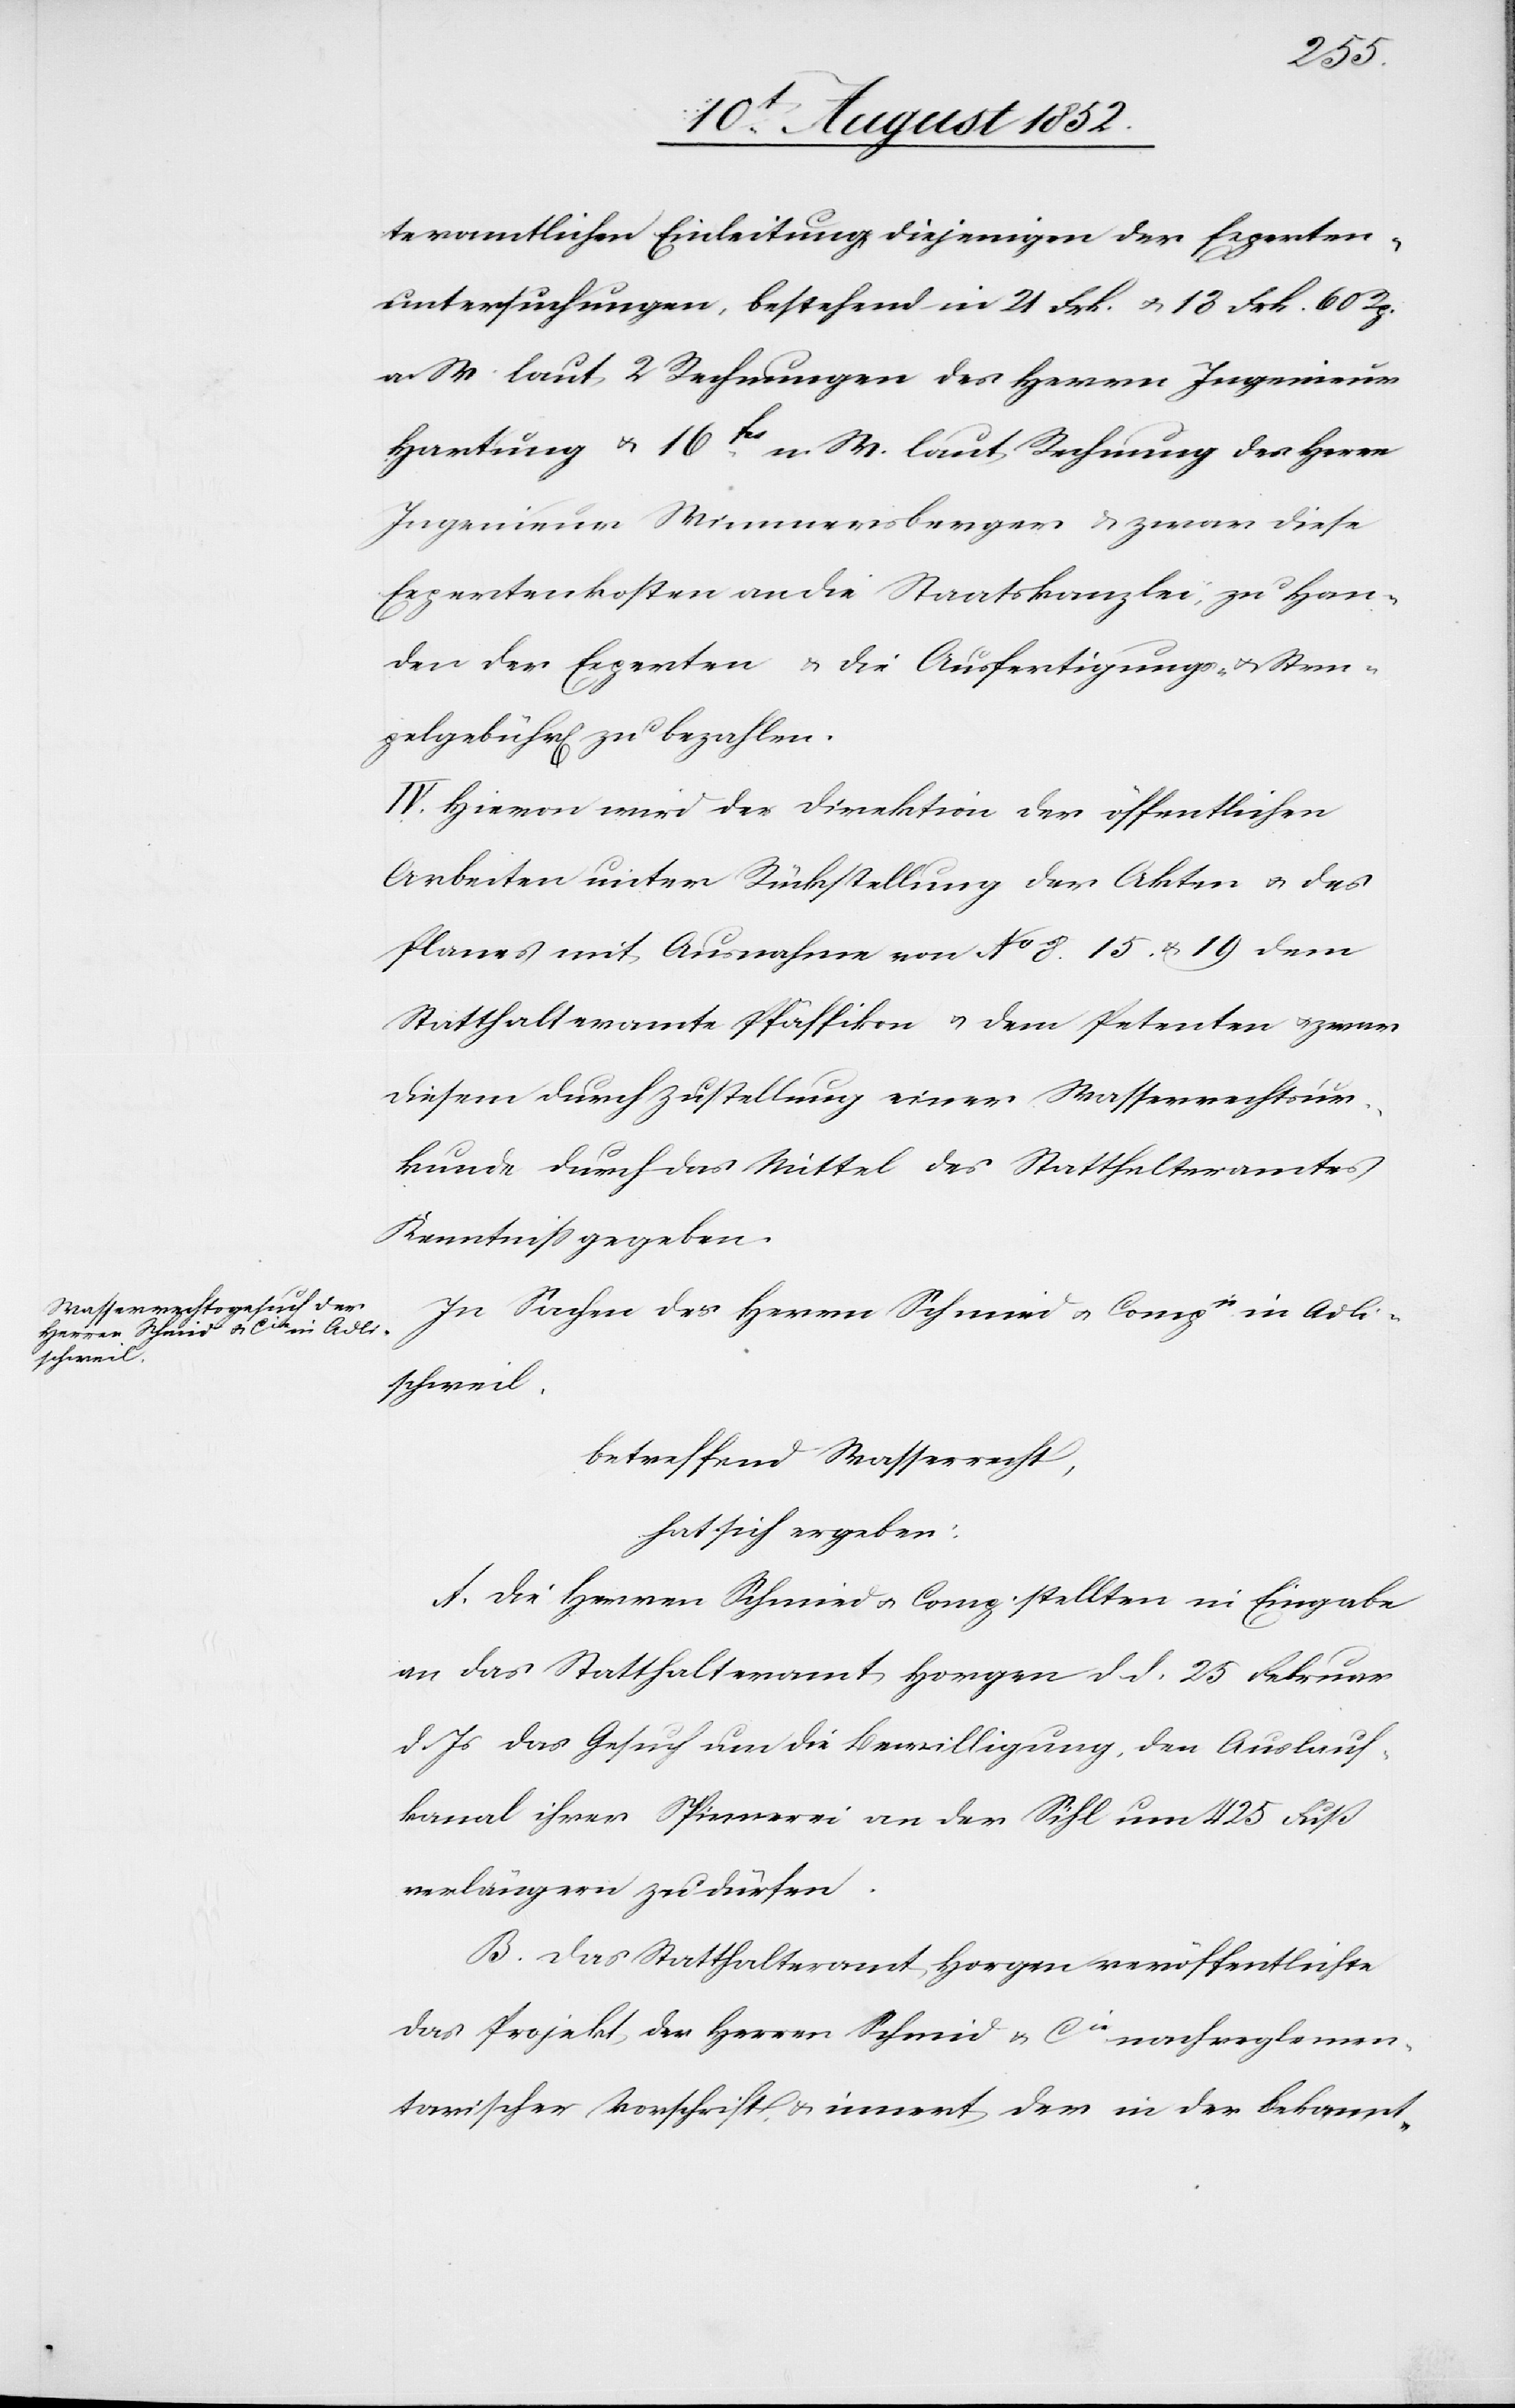
teramtlichen Einleitung, diejenigen der Experten¬
untersuchungen, bestehend in 21 Frk. & 13 Frk. 60 Rp.
a. W. laut 2 Rechnungen des Herrn Ingenieur
Hartung & 16frs. n. W. laut Rechnung des Herrn
Ingenieur Wimmersberger & zwar diese
Expertenkosten an die Staatskanzlei, zu Han¬
den der Experten & die Ausfertigungs- & Stem¬
pelgebühr[en] zu bezahlen.
IV. Hievon wird der Direktion der öffentlichen
Arbeiten unter Rückstellung der Akten & des
Planes mit Ausnahme von No 8.[,] 15. & 19 dem
Statthalteramte Pfäffikon & dem Petenten & zwar
diesem durch Zustellung einer Wasserrechtsur¬
kunde durch das Mittel des Statthalteramtes
Kenntniss gegeben.
In Sachen des Herrn Schmied [sic!] & Compie in Adli¬
schweil,
betreffend Wasserrecht,
hat sich ergeben:
A. Die Herren Schmied & Comp. stellten in Eingabe
an das Statthalteramt Horgen d. d. 25 Februar
d. Js das Gesuch um die Bewilligung, den Auslauf¬
kanal ihrer Spinnerei an der Sihl um 425 Fuß
verlängern zu dürfen.
B. Das Statthalteramt Horgen veröffentlichte
das Projekt der Herren Schmid & Cie nach reglemen¬
tarischer Vorschrift, & innert der in der Bekannt-